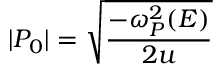
| P _ { 0 } | = \sqrt { \frac { - \omega _ { P } ^ { 2 } ( E ) } { 2 u } }